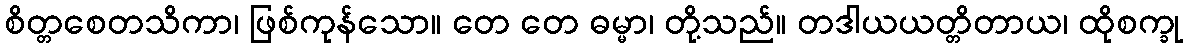
စိတ္တစေတသိကာ၊ ဖြစ်ကုန်သော။ တေ တေ ဓမ္မာ၊ တို့သည်။ တဒါယယတ္တိတာယ၊ ထိုစက္ခု